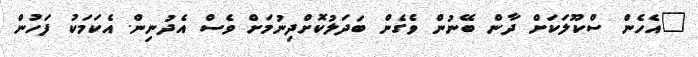
"އެހެން ސްކޫލަކަށް ދާން ބޭނުން ވެގެން ބަދަލުކޮށްދިނުމަށް ވެސް އެދުނިން. އެކަމަކު ފަހުން